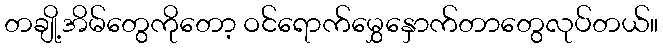
တချို့အိမ်တွေကိုတော့ ဝင်ရောက်မွှေနှောက်တာတွေလုပ်တယ်။